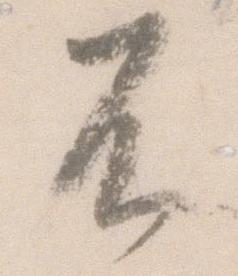
不